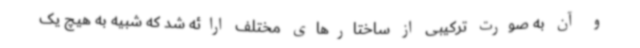
و آن به صورت ترکیبی از ساختارهای مختلف ارائه شد که شبیه به هیچ یک